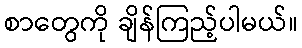
စာတွေကို ချိန်ကြည့်ပါမယ်။